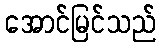
အောင်မြင်သည်